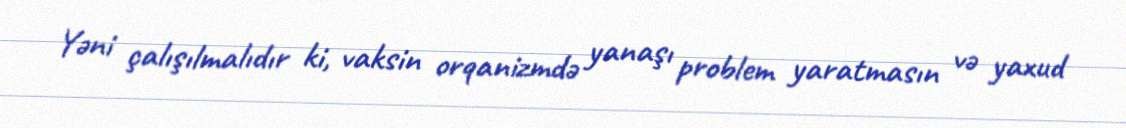
Yəni çalışılmalıdır ki, vaksin orqanizmdə yanaşı problem yaratmasın və yaxud